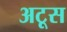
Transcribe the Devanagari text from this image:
अटूस